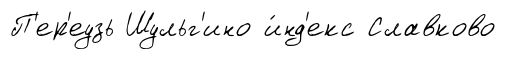
П'ер'еузь Шульг'ино и́нд'екс Славково